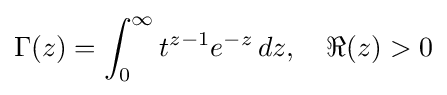
\Gamma (z)=\int _{0}^{\infty }t^{z-1}e^{-z}\,dz,\quad \Re (z)>0